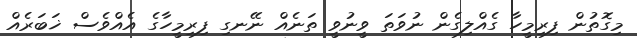
މިގޮތުން ފިރިމީހާ ގެއްލިގެން ނުވަތަ ވީނުވީ ތަނެއް ނޭނގި ފިރިމީހާގެ އެއްވެސް ޚަބަރެއް